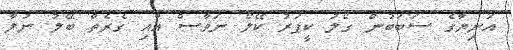
އަނިޔާގެ ސަބަބުން ގޯލު ކީޕަރު ކޭލޯ ނަވާސް އާއި ގެރެތް ބޭލު ނުލާ